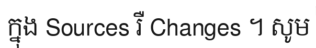
ក្នុង Sources រឺ Changes ។ សូម